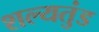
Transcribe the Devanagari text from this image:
शल्यतुंड